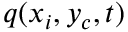
q ( x _ { i } , y _ { c } , t )